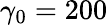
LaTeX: \gamma_{0}=200